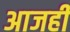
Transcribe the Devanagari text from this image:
अाजही